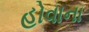
હોવાના